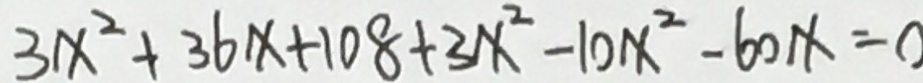
3 x ^ { 2 } + 3 6 x + 1 0 8 + 3 x ^ { 2 } - 1 0 x ^ { 2 } - 6 0 x = 0